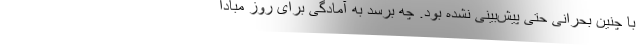
با چنین بحرانی حتی پیش‌بینی نشده بود. چه برسد به آمادگی برای روز مبادا